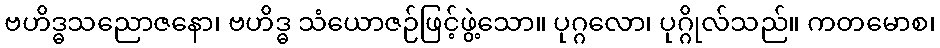
ဗဟိဒ္ဓသညောဇနော၊ ဗဟိဒ္ဓ သံယောဇဉ်ဖြင့်ဖွဲ့သော။ ပုဂ္ဂလော၊ ပုဂ္ဂိုလ်သည်။ ကတမောစ၊